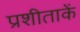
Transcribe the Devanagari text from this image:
प्रशीताकें